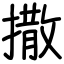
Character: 撒